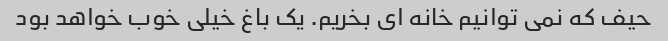
حیف که نمی توانیم خانه ای بخریم. یک باغ خیلی خوب خواهد بود